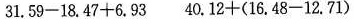
31.59-18.47+6.93 40.12+(16，48-12.71)